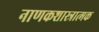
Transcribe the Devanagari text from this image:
नाणकशास्त्रात्मक